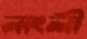
নাংলী